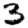
Digit: 3